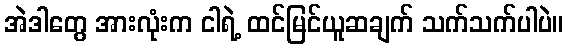
အဲဒါတွေ အားလုံးက ငါရဲ့ ထင်မြင်ယူဆချက် သက်သက်ပါပဲ။